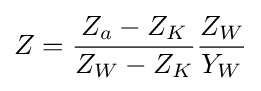
Z={\frac {Z_{a}-Z_{K}}{Z_{W}-Z_{K}}}{\frac {Z_{W}}{Y_{W}}}